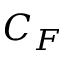
C _ { F }